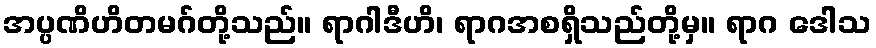
အပ္ပဏိဟိတမဂ်တို့သည်။ ရာဂါဒီဟိ၊ ရာဂအစရှိသည်တို့မှ။ ရာဂ ဒေါသ